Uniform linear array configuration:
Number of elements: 4
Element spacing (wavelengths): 0.25
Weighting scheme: binomial
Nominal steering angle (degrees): -30
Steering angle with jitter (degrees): -28.071
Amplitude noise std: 0.05
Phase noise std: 0.05

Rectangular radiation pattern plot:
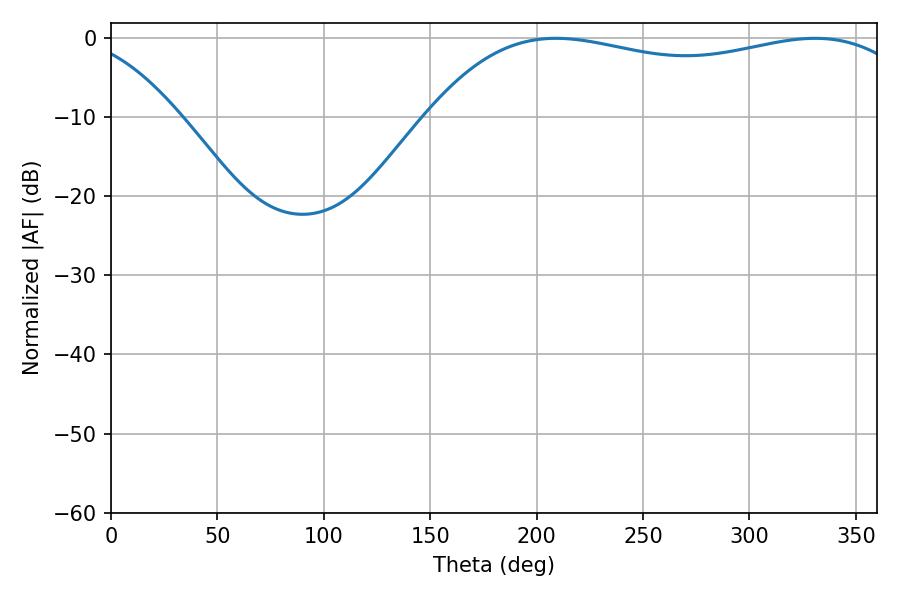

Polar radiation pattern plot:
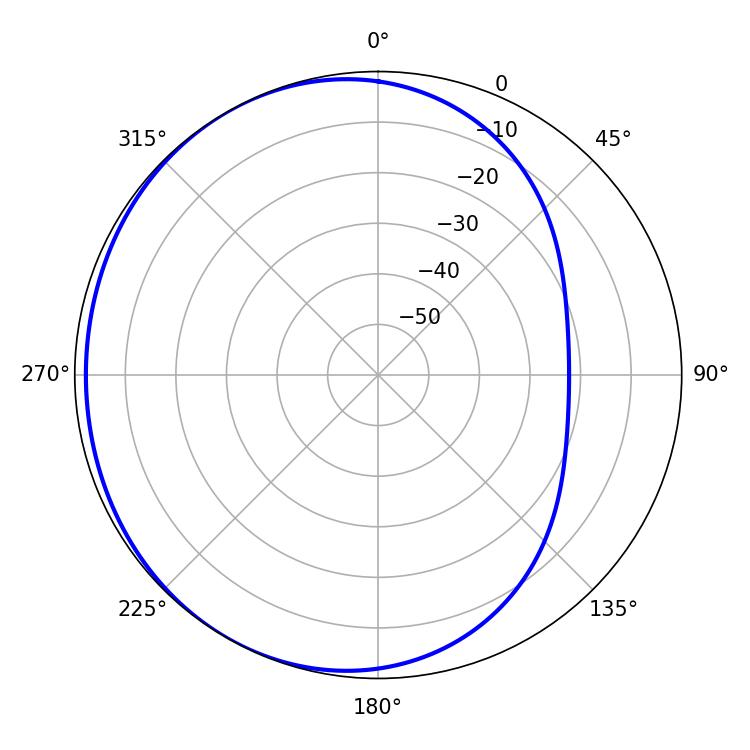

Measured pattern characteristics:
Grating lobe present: FALSE
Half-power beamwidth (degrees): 186.3
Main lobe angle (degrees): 209.16